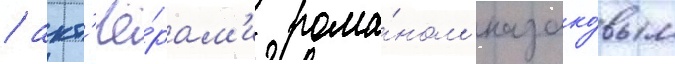
/ акт'ё́рам'и рома́ном казако́вым